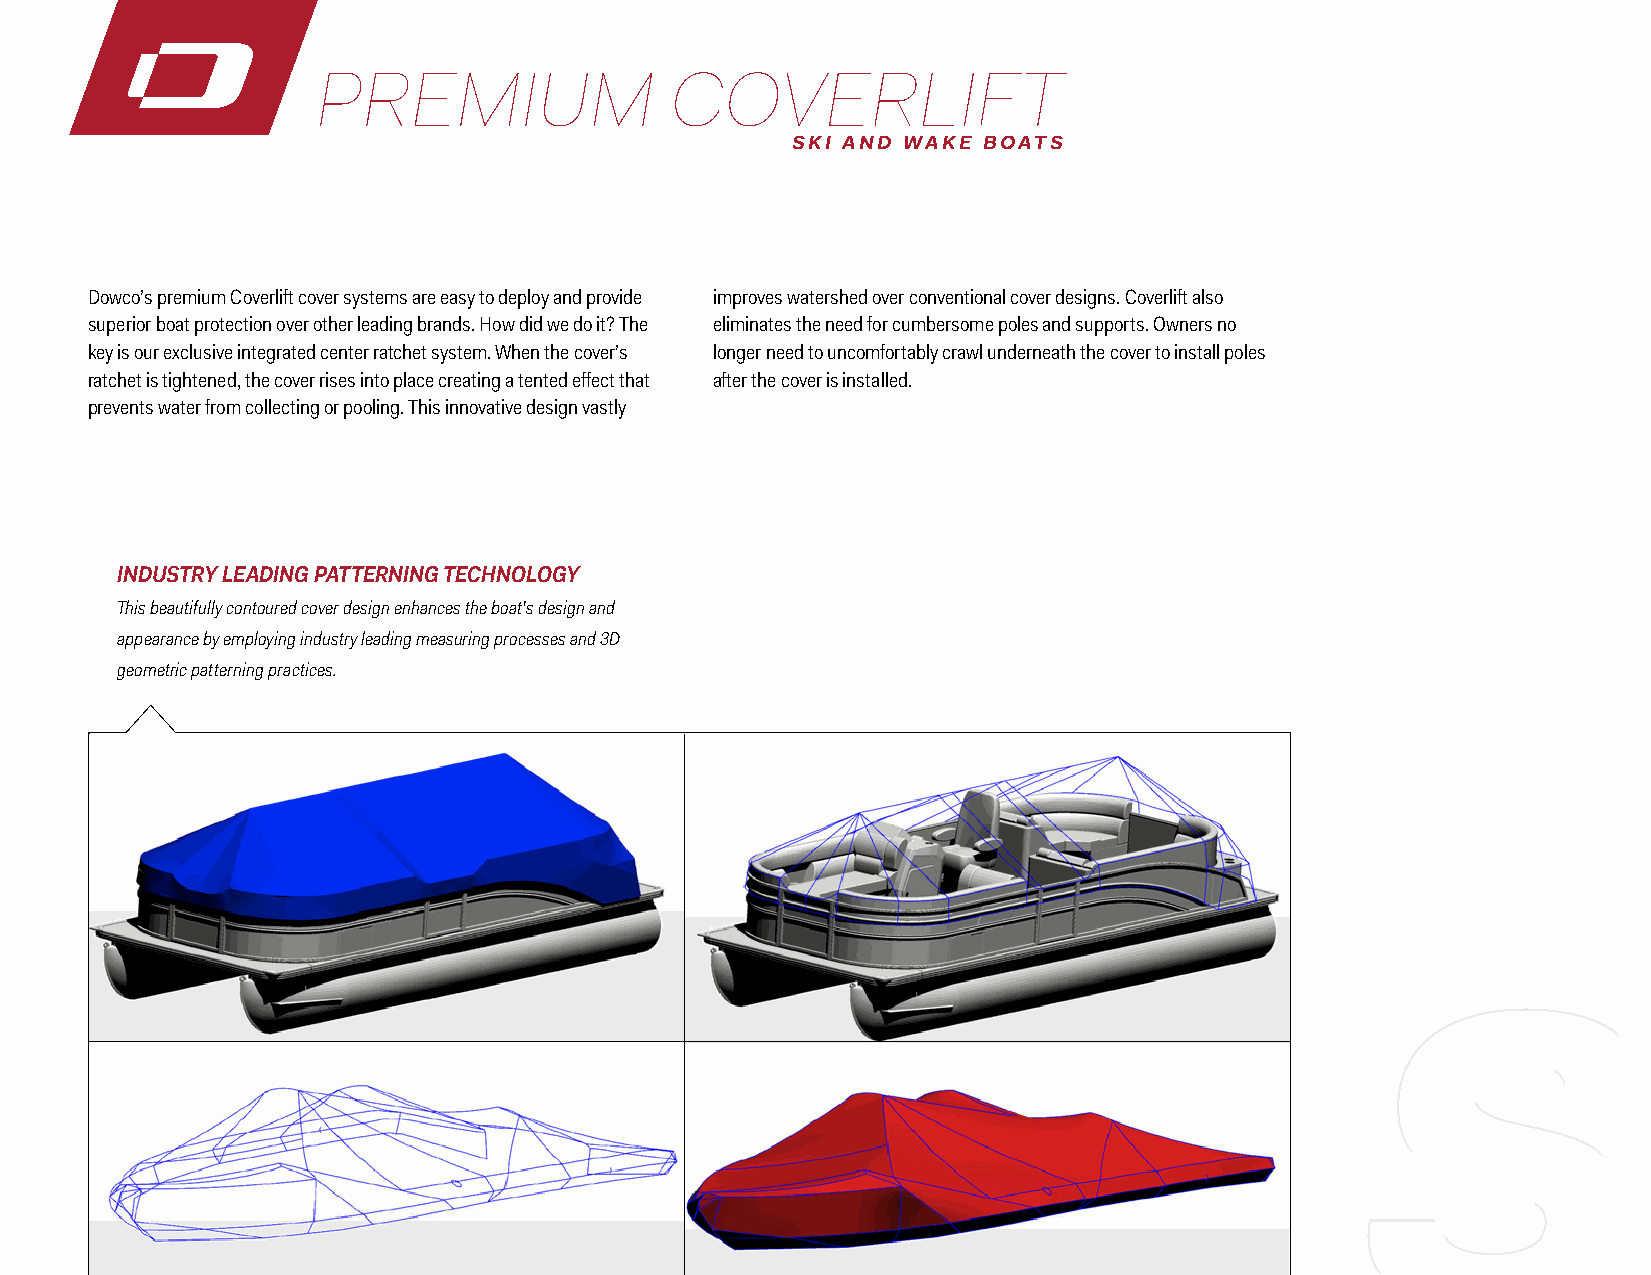
PREMIUM                COVERLIFT
 SKI AND WAKE BOATS
 Dowco’s premium Coverlift cover systems are easy to deploy and provide improves watershed over conventional cover designs. Coverlift also
 superior boat protection over other leading brands. How did we do it? The eliminates the need for cumbersome poles and supports. Owners no
 key is our exclusive integrated center ratchet system. When the cover’s longer need to uncomfortably crawl underneath the cover to install poles
 ratchet is tightened, the cover rises into place creating a tented effect that after the cover is installed.
 prevents water from collecting or pooling. This innovative design vastly
 INDUSTRY LEADING PATTERNING TECHNOLOGY
 This beautifully contoured cover design enhances the boat’s design and
 appearance by employing industry leading measuring processes and 3D
 geometric patterning practices.
 ST                                    YLE
 ST                                    YLE